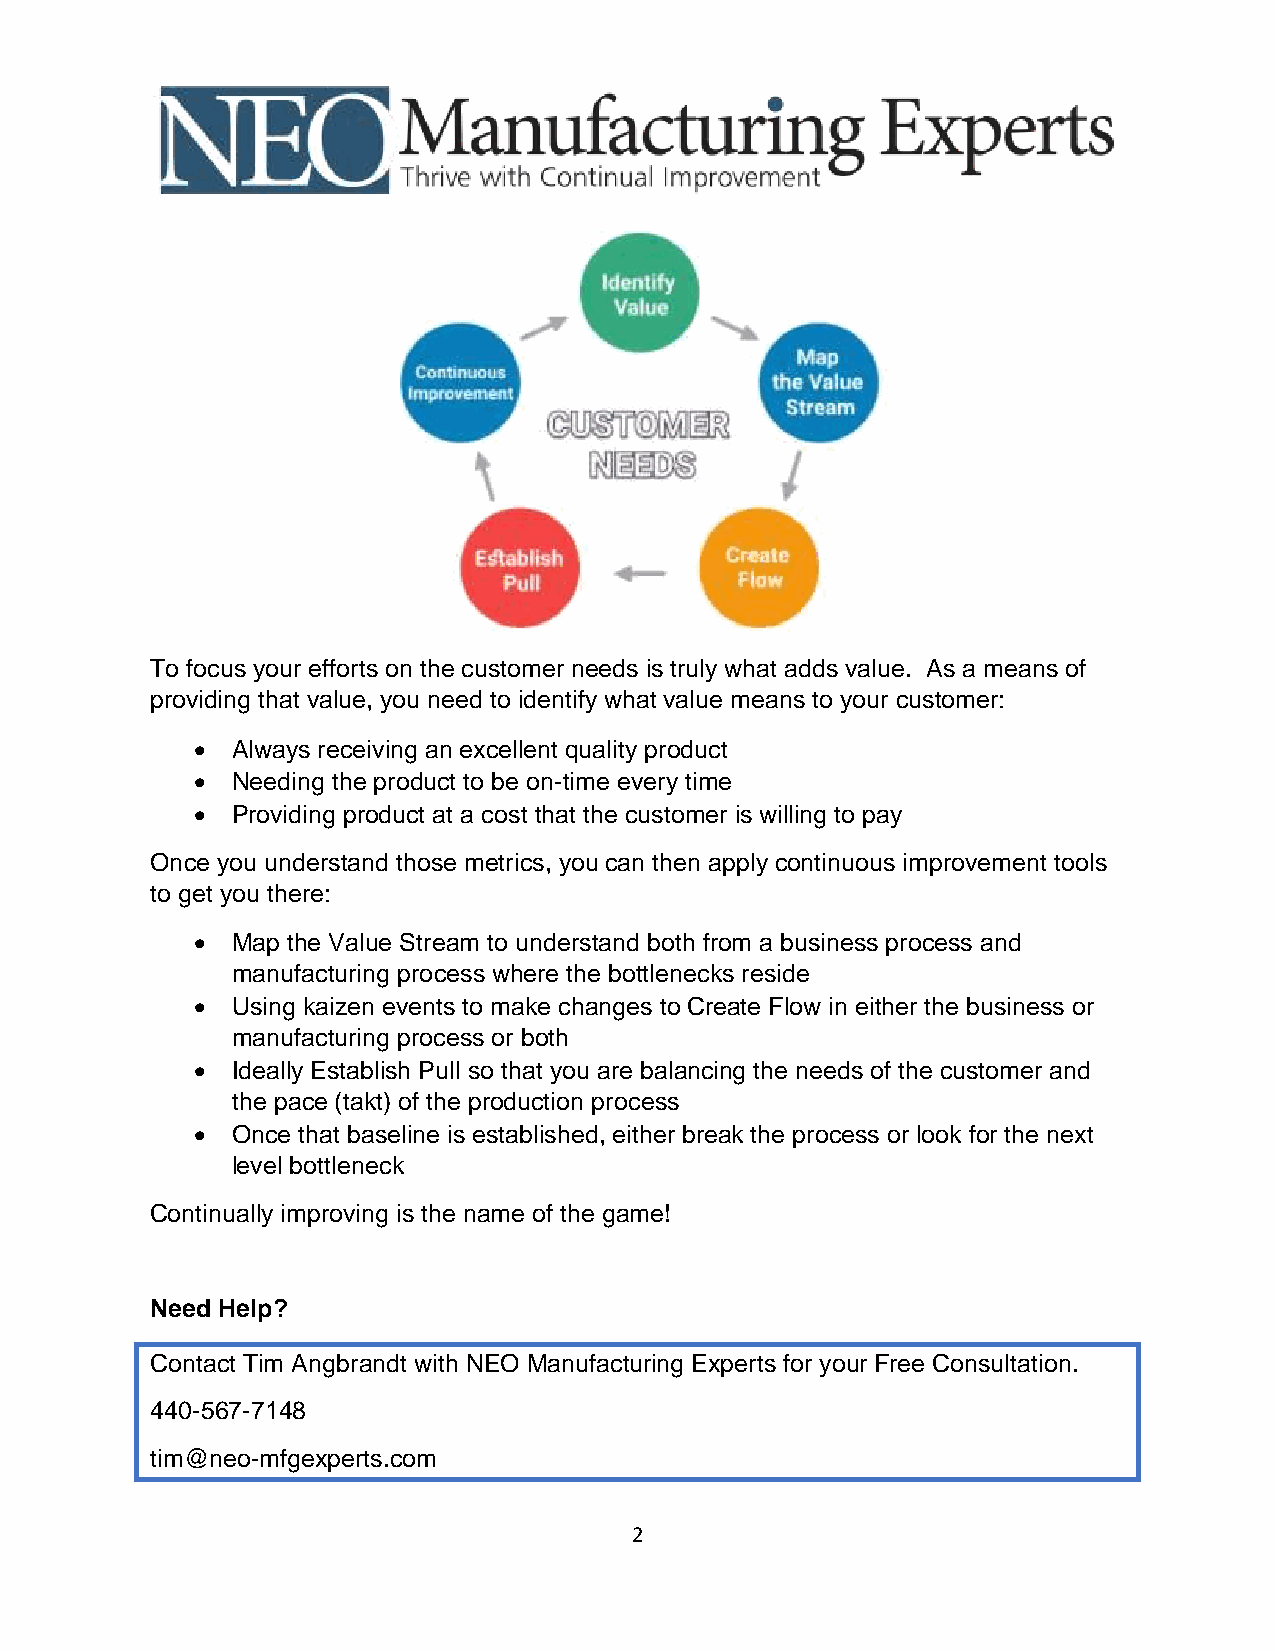
To focus your efforts on the customer needs is truly what adds value. As a means of
 providing that value, you need to identify what value means to your customer:
 • Always receiving an excellent quality product
 • Needing the product to be on-time every time
 • Providing product at a cost that the customer is willing to pay
 Once you understand those metrics, you can then apply continuous improvement tools
 to get you there:
 • Map the Value Stream to understand both from a business process and
 manufacturing process where the bottlenecks reside
 • Using kaizen events to make changes to Create Flow in either the business or
 manufacturing process or both
 • Ideally Establish Pull so that you are balancing the needs of the customer and
 the pace (takt) of the production process
 • Once that baseline is established, either break the process or look for the next
 level bottleneck
 Continually improving is the name of the game!
 Need Help?
 Contact Tim Angbrandt with NEO Manufacturing Experts for your Free Consultation.
 440-567-7148
 tim@neo-mfgexperts.com
 2